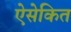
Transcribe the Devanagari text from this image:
ऐसेकित